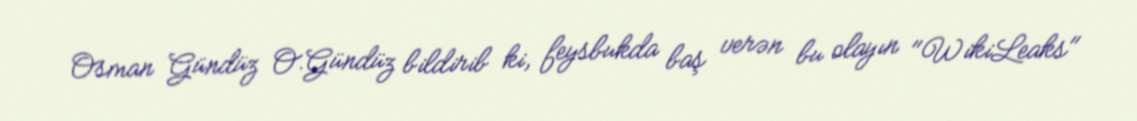
Osman Gündüz O.Gündüz bildirib ki, feysbukda baş verən bu olayın "WikiLeaks"